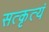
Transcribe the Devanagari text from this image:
सत्कृत्यं